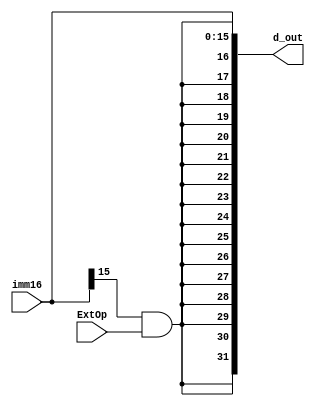
`timescale 1ns/1ps

module extender #(parameter WIDTH = 32) (
input [(WIDTH/2)-1:0] imm16,
input ExtOp, 
output reg [WIDTH-1:0] d_out
);

wire [(WIDTH/2)-1:0] extend;
wire temp;
assign temp = imm16[15] & ExtOp;
assign extend = {16{temp}};

always @* begin
	d_out = {extend,imm16};
end
endmodule